Scientific memoirs by medical officers of the Army of India - Part X,
Year: 1897
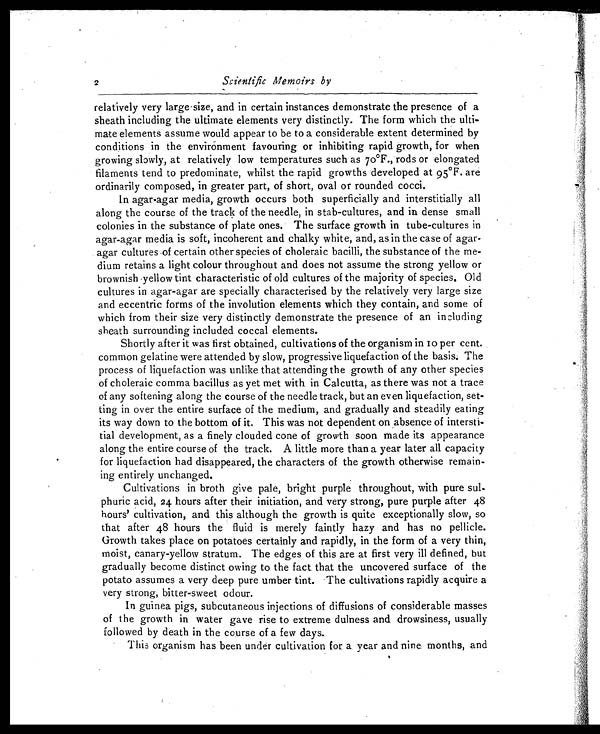
2
Scientific Memoirs by
relatively very large size, and in certain instances demonstrate the presence of a
sheath including the ultimate elements very distinctly. The form which the ulti
- m a t e e l e m e n t s a s s u m e w o u l d a p p e a r t o b e t o a c o n s i d e r a b l e e x t e n t d e t e r m i n e d b y
c o n d i t i o n s i n t h e e n v i r o n me n t f a v o u r i n g o r i n h i b i t i n g r a p i d g r o wt h , f o r wh e n
growing slowly, at relatively low temperatures such as 70°F., rods or elongated
filaments tend to predominate, whilst the rapid growths developed at 95°F. are
ordinarily composed, in greater part, of short, oval or rounded cocci.
In agar-agar media, growth occurs both superficially and interstitially all
along the course of the track of the needle, in stab-cultures, and in dense small
colonies in the substance of plate ones. The surface growth in tube-cultures in
agar-agar media is soft, incoherent and chalky white, and, as in the case of agar-
agar cultures -of certain other species of choleraic bacilli, the substance of the me-
dium retains a light colour throughout and does not assume the strong yellow or
brownish yellow tint characteristic of old cultures of the majority of species. Old
cultures in agar-agar are specially characterised by the relatively very large size
and eccentric forms of the involution elements which they contain, and some of
which from their size very distinctly demonstrate the presence of an including
sheath surrounding included coccal elements.
Shortly after it was first obtained, cultivations of the organism in to per cent.
common gelatine were attended by slow, progressive liquefaction of the basis; The
process of liquefaction was unlike that attending the growth of any other species
of choleraic comma bacillus as yet met with. in. Calcutta, as there was not a trace
of any softening along the course of the needle track, but an even liquefaction, set
- t i n g i n o v e r t h e e n t i r e s u r f a c e o f t h e m e d i u m , a n d g r a d u a l l y a n d s t e a d i l y e a t i n g
its way down to the bottom of it. This was not dependent on absence of intersti
-tial development, as a finely clouded cone of growth soon made its appearance
along the entire course of the track. A little more than a year later all capacity
for liquefaction had disappeared, the characters of the growth otherwise remain
-ing entirely unchanged.
Cultivations in broth give pale, bright purple throughout, with pure sul-
phuric acid, 24 hours after their initiation, and very strong, pure purple after 48
hours' cultivation, and this although the growth is quite exceptionally slow, so
that after 48 hours the fluid is merely faintly hazy and has no pellicle.
Growth takes place on potatoes certainly and rapidly, in the form of a very thin,
moist, canary-yellow stratum. The edges of this are at first very ill defined, but
gradually become distinct owing to the fact that the uncovered surface of the
potato assumes a very deep pure umber tint. The cultivations rapidly acquire a
very strong, bitter-sweet odour.
In guinea pigs, subcutaneous injections of diffusions of considerable masses
of the growth in water gave rise to extreme dulness and, drowsiness, usually
followed by death in the course of a few days.
This organism has been under cultivation for a. year and nine months, and